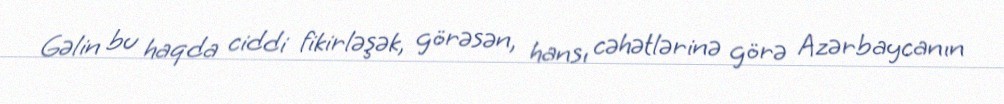
Gəlin bu haqda ciddi fikirləşək, görəsən, hansı cəhətlərinə görə Azərbaycanın